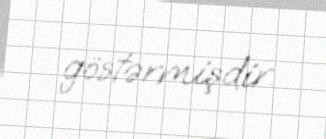
göstərmişdir.